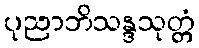
ပုညာဘိသန္ဒသုတ္တံ